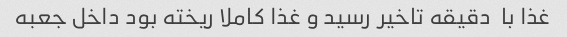
غذا با  دقیقه تاخیر رسید و غذا کاملا ریخته بود داخل جعبه